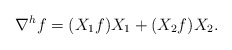
\begin{align*}\displaystyle\nabla^h f=(X_1f)X_1+(X_2f)X_2.\end{align*}